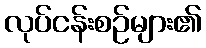
လုပ်ငန်းစဉ်များ၏